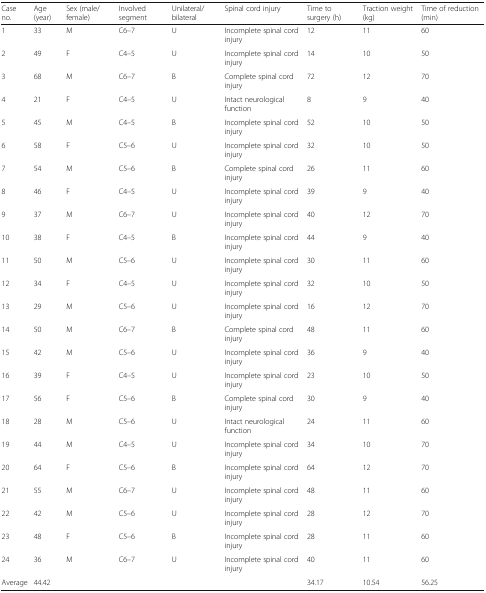
<table><thead><tr><td><b>Case no.</b></td><td><b>Age (year)</b></td><td><b>Sex (male/female)</b></td><td><b>Involved segment</b></td><td><b>Unilateral/bilateral</b></td><td><b>Spinal cord injury</b></td><td><b>Time to surgery (h)</b></td><td><b>Traction weight (kg)</b></td><td><b>Time of reduction (min)</b></td></tr></thead><tbody><tr><td>1</td><td>33</td><td>M</td><td>C6–7</td><td>U</td><td>Incomplete spinal cord injury</td><td>12</td><td>11</td><td>60</td></tr><tr><td>2</td><td>49</td><td>F</td><td>C4–5</td><td>U</td><td>Incomplete spinal cord injury</td><td>14</td><td>10</td><td>50</td></tr><tr><td>3</td><td>68</td><td>M</td><td>C6–7</td><td>B</td><td>Complete spinal cord injury</td><td>72</td><td>12</td><td>70</td></tr><tr><td>4</td><td>21</td><td>F</td><td>C4–5</td><td>U</td><td>Intact neurological function</td><td>8</td><td>9</td><td>40</td></tr><tr><td>5</td><td>45</td><td>M</td><td>C4–5</td><td>B</td><td>Incomplete spinal cord injury</td><td>52</td><td>10</td><td>50</td></tr><tr><td>6</td><td>58</td><td>F</td><td>C5–6</td><td>U</td><td>Incomplete spinal cord injury</td><td>32</td><td>10</td><td>50</td></tr><tr><td>7</td><td>54</td><td>M</td><td>C5–6</td><td>B</td><td>Complete spinal cord injury</td><td>26</td><td>11</td><td>60</td></tr><tr><td>8</td><td>46</td><td>F</td><td>C4–5</td><td>U</td><td>Incomplete spinal cord injury</td><td>39</td><td>9</td><td>40</td></tr><tr><td>9</td><td>37</td><td>M</td><td>C6–7</td><td>U</td><td>Incomplete spinal cord injury</td><td>40</td><td>12</td><td>70</td></tr><tr><td>10</td><td>38</td><td>F</td><td>C4–5</td><td>B</td><td>Incomplete spinal cord injury</td><td>44</td><td>9</td><td>40</td></tr><tr><td>11</td><td>50</td><td>M</td><td>C5–6</td><td>U</td><td>Incomplete spinal cord injury</td><td>30</td><td>11</td><td>60</td></tr><tr><td>12</td><td>34</td><td>F</td><td>C4–5</td><td>U</td><td>Incomplete spinal cord injury</td><td>32</td><td>10</td><td>50</td></tr><tr><td>13</td><td>29</td><td>M</td><td>C5–6</td><td>U</td><td>Incomplete spinal cord injury</td><td>16</td><td>12</td><td>70</td></tr><tr><td>14</td><td>50</td><td>M</td><td>C6–7</td><td>B</td><td>Complete spinal cord injury</td><td>48</td><td>11</td><td>60</td></tr><tr><td>15</td><td>42</td><td>M</td><td>C5–6</td><td>U</td><td>Incomplete spinal cord injury</td><td>36</td><td>9</td><td>40</td></tr><tr><td>16</td><td>39</td><td>F</td><td>C4–5</td><td>U</td><td>Incomplete spinal cord injury</td><td>23</td><td>10</td><td>50</td></tr><tr><td>17</td><td>56</td><td>F</td><td>C5–6</td><td>B</td><td>Complete spinal cord injury</td><td>30</td><td>9</td><td>40</td></tr><tr><td>18</td><td>28</td><td>M</td><td>C5–6</td><td>U</td><td>Intact neurological function</td><td>24</td><td>11</td><td>60</td></tr><tr><td>19</td><td>44</td><td>M</td><td>C4–5</td><td>U</td><td>Incomplete spinal cord injury</td><td>34</td><td>10</td><td>70</td></tr><tr><td>20</td><td>64</td><td>F</td><td>C5–6</td><td>B</td><td>Incomplete spinal cord injury</td><td>64</td><td>12</td><td>70</td></tr><tr><td>21</td><td>55</td><td>M</td><td>C6–7</td><td>U</td><td>Incomplete spinal cord injury</td><td>48</td><td>11</td><td>60</td></tr><tr><td>22</td><td>42</td><td>M</td><td>C5–6</td><td>U</td><td>Incomplete spinal cord injury</td><td>28</td><td>12</td><td>70</td></tr><tr><td>23</td><td>48</td><td>F</td><td>C5–6</td><td>B</td><td>Incomplete spinal cord injury</td><td>28</td><td>11</td><td>60</td></tr><tr><td>24</td><td>36</td><td>M</td><td>C6–7</td><td>U</td><td>Incomplete spinal cord injury</td><td>40</td><td>11</td><td>60</td></tr><tr><td>Average</td><td>44.42</td><td></td><td></td><td></td><td></td><td>34.17</td><td>10.54</td><td>56.25</td></tr></tbody></table>